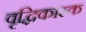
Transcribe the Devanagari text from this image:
वृद्धिकारक